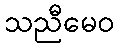
သညီမေဝ